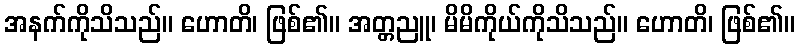
အနက်ကိုသိသည်။ ဟောတိ၊ ဖြစ်၏။ အတ္တညူ၊ မိမိကိုယ်ကိုသိသည်။ ဟောတိ၊ ဖြစ်၏။